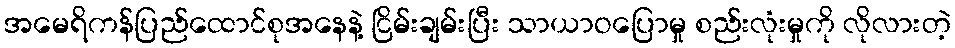
အမေရိကန်ပြည်ထောင်စုအနေနဲ့ ငြိမ်းချမ်းပြီး သာယာဝပြောမှု စည်းလုံးမှုကို လိုလားတဲ့